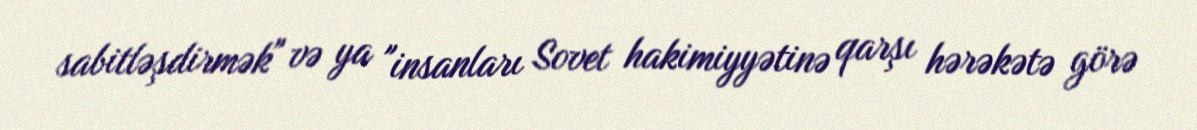
sabitləşdirmək" və ya "insanları Sovet hakimiyyətinə qarşı hərəkətə görə